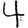
Digit: 4